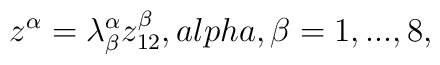
z^{\alpha}=\lambda^{\alpha}_{\beta}z^{\beta}_{12},\\alpha,\beta=1,...,8,